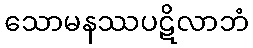
သောမနဿပဋိလာဘံ